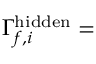
\Gamma _ { f , i } ^ { \mathrm { h i d d e n } } =